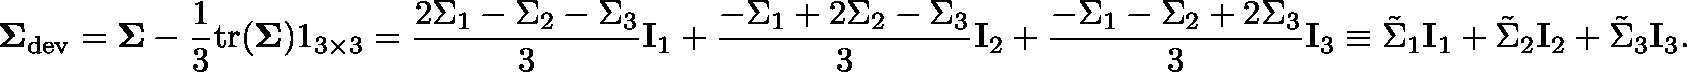
\mathbf { \Sigma } _ { \mathrm { d e v } } = \mathbf { \Sigma } - \frac { 1 } { 3 } \mathrm { t r } ( \mathbf { \Sigma } ) \mathbb { 1 } _ { 3 \times 3 } = \frac { 2 \Sigma _ { 1 } - \Sigma _ { 2 } - \Sigma _ { 3 } } { 3 } \mathbf { I } _ { 1 } + \frac { - \Sigma _ { 1 } + 2 \Sigma _ { 2 } - \Sigma _ { 3 } } { 3 } \mathbf { I } _ { 2 } + \frac { - \Sigma _ { 1 } - \Sigma _ { 2 } + 2 \Sigma _ { 3 } } { 3 } \mathbf { I } _ { 3 } \equiv \tilde { \Sigma } _ { 1 } \mathbf { I } _ { 1 } + \tilde { \Sigma } _ { 2 } \mathbf { I } _ { 2 } + \tilde { \Sigma } _ { 3 } \mathbf { I } _ { 3 } .